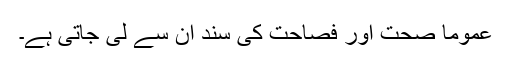
عموماً صحت اور فصاحت کی سند ان سے لی جاتی ہے۔